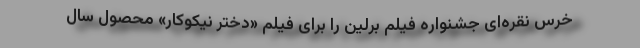
خرس نقره‌ای جشنواره فیلم برلین را برای فیلم «دختر نیکوکار» محصول سال